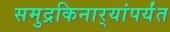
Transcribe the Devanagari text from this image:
समुद्रकिनार्‍यांपर्यंत